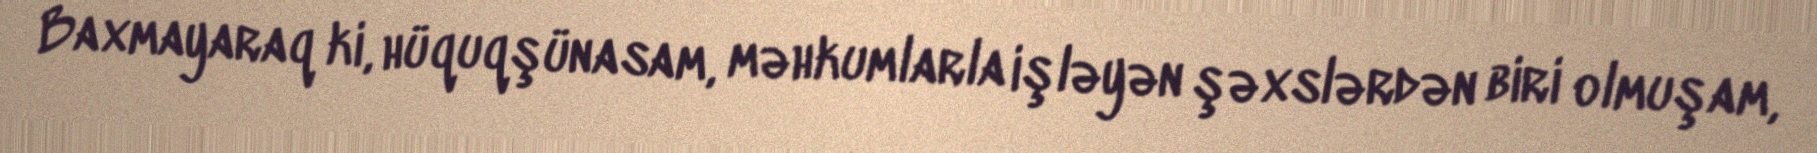
Baxmayaraq ki, hüquqşünasam, məhkumlarla işləyən şəxslərdən biri olmuşam,